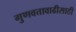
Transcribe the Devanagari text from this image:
गुणवत्तावाढीसाठी